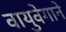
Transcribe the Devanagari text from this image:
वायुवेगाने